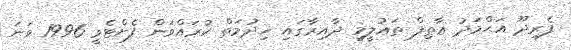
ފެރިދޫ އަޙްމަދު ޢާޠިފް ތަޢުލީމީ ދާއިރާގައި ޚިދުމަތް ކުރައްވަން ފެށްޓެވީ 1996 ވަނަ